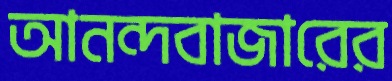
আনন্দবাজারের